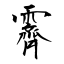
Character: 霽